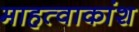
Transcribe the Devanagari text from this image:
माहत्वाकांश